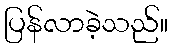
ပြန်လာခဲ့သည်။